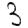
Digit: 3